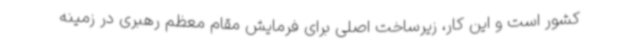
کشور است و این کار، زیرساخت‌ اصلی برای فرمایش مقام معظم رهبری در زمینه